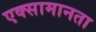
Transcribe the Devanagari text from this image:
एक्सामानता